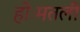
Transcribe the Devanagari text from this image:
होःमतली